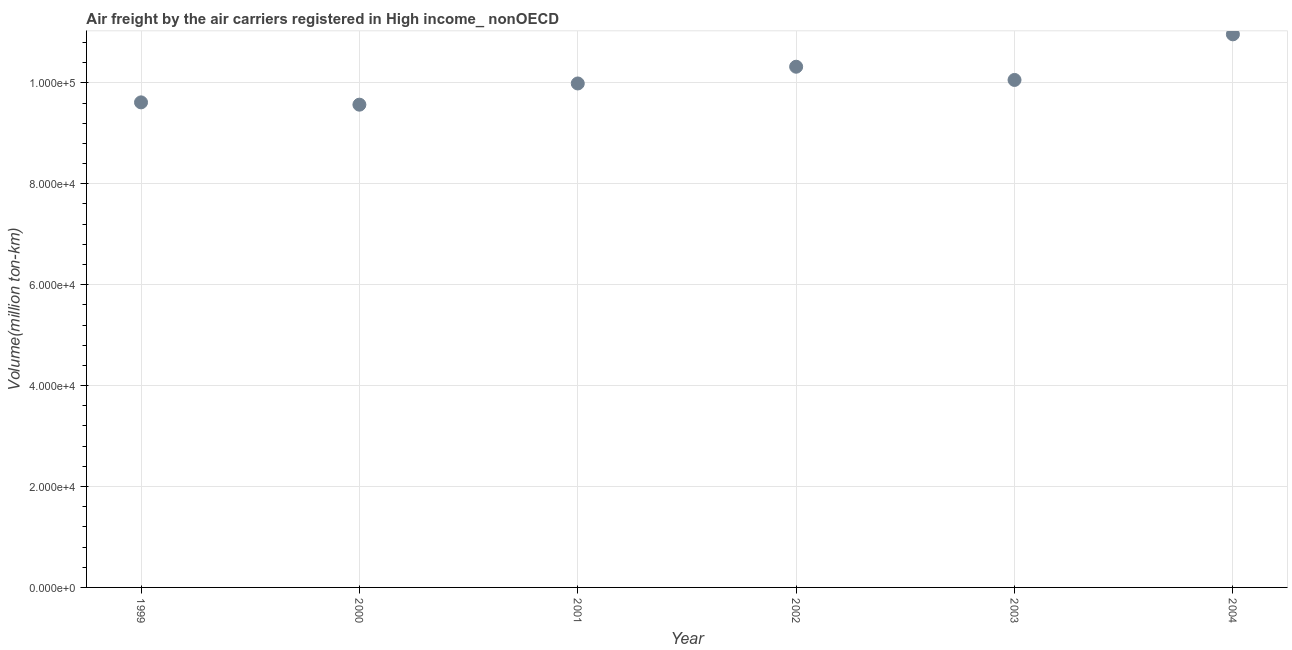
| Year | Air transport |
 | --- | --- |
 | 1999 | 9.61e+04 |
 | 2000 | 9.57e+04 |
 | 2001 | 9.99e+04 |
 | 2002 | 1.03e+05 |
 | 2003 | 1.01e+05 |
 | 2004 | 1.1e+05 |